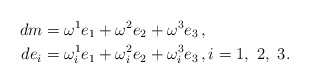
\begin{align*} dm&=\omega^1e_1+\omega^2e_2+\omega^3e_3\,,\\ de_i&=\omega^1_ie_1+\omega^2_ie_2+\omega^3_ie_3\,,i=1,\ 2,\ 3. \end{align*}